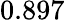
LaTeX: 0.897